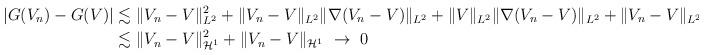
LaTeX: \begin{align*}|G(V_n)-G(V)|&\lesssim \|V_n-V\|_{L^2}^2+\|V_n-V\|_{L^2}\|\nabla (V_n-V)\|_{L^2}+\|V\|_{L^2}\|\nabla (V_n-V)\|_{L^2}+\|V_n-V\|_{L^2}\|\nabla V\|_{L^2}\\&\lesssim \|V_n-V\|_{\mathcal{H}^1}^2+\|V_n-V\|_{\mathcal{H}^1}\ \rightarrow\ 0\end{align*}